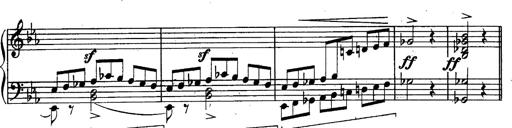
Title: Schubert's Impromptus [revised and edited by Franz Liszt]
Composer: Franz Liszt